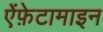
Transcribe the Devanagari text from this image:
ऐंफ़ेटामाइन